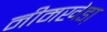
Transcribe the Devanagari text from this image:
नीमखेडा़